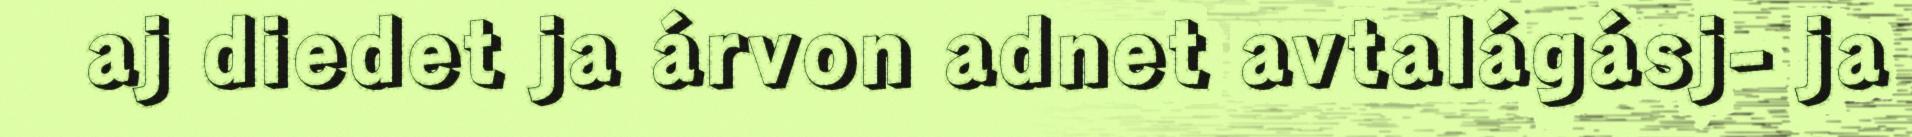
aj diedet ja árvon adnet avtalágásj- ja